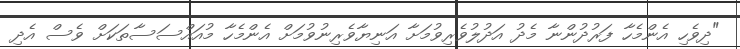
"ދިވެހި އެންމެހާ ފަރުދުންނާ މެދު އަދުލުވެރިވުމަށާ އަނިޔާވެރިނުވުމަށް އެންމެހާ މުއައްސަސާތަކަށް ވެސް އެދި